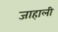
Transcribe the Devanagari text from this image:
जाहाली